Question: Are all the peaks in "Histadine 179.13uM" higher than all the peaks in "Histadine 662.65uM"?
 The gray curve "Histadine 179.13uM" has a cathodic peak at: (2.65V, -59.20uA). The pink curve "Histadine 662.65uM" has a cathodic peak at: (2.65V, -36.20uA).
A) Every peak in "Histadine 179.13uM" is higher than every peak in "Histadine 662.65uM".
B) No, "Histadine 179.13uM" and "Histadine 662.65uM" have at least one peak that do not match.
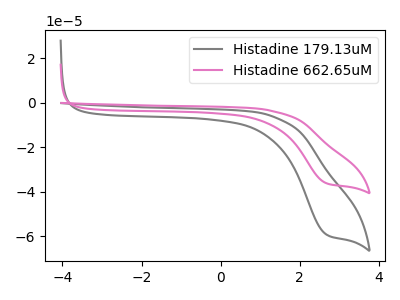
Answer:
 <answer>A) Every peak in "Histadine 179.13uM" is higher than every peak in "Histadine 662.65uM".</answer>
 <eval>A</eval>